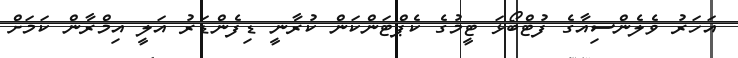
އަހަރު ވެލެންސިއާގެ ފުޓްބޯޅަ ޓީމުގެ ކެޕްޓަންކަން ކުރާނީ ޑިފެންޑަރު އަލީ އިމްރާން ކަމަށް